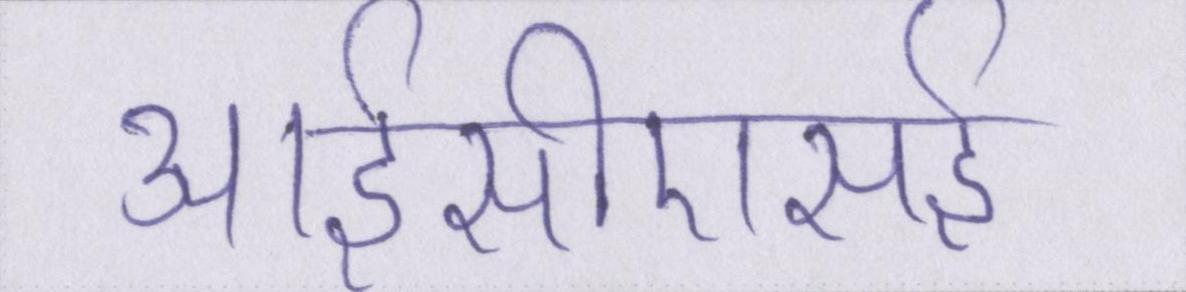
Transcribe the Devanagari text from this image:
आईसीएसई